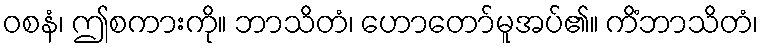
ဝစနံ၊ ဤစကားကို။ ဘာသိတံ၊ ဟောတော်မူအပ်၏။ ကိံဘာသိတံ၊